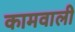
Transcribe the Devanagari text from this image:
कामवाली